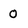
Character: 0